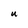
Character: U